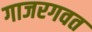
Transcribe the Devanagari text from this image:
गाजरगवत